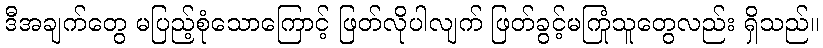
ဒီအချက်တွေ မပြည့်စုံသောကြောင့် ဖြတ်လိုပါလျက် ဖြတ်ခွင့်မကြုံသူတွေလည်း ရှိသည်။